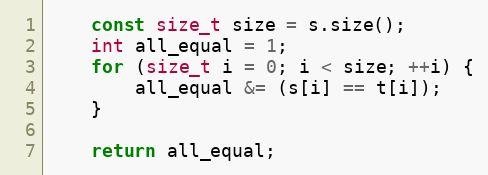
Language: C++
    const size_t size = s.size();
    int all_equal = 1;
    for (size_t i = 0; i < size; ++i) {
        all_equal &= (s[i] == t[i]);
    }

    return all_equal;